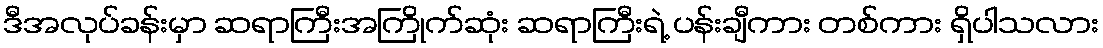
ဒီအလုပ်ခန်းမှာ ဆရာကြီးအကြိုက်ဆုံး ဆရာကြီးရဲ့ ပန်းချီကား တစ်ကား ရှိပါသလား